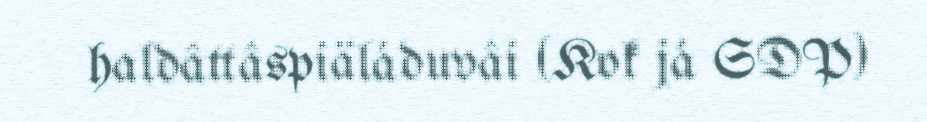
haldâttâspiäláduvâi (Kok já SDP)